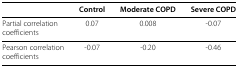
|  | Control | Moderate COPD | Severe COPD |
 | --- | --- | --- | --- |
 | Partial correlationcoefficients | 0.07 | 0.008 | -0.07 |
 | Pearson correlation coefficients | -0.07 | -0.20 | -0.46 |